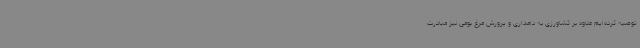
توصیه کرده‌ایم علاوه بر کشاورزی به دامداری و پرورش مرغ بومی نیز مبادرت